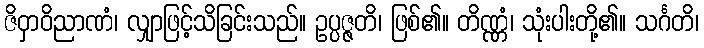
ဇိဝှာဝိညာဏံ၊ လျှာဖြင့်သိခြင်းသည်။ ဥပ္ပဇ္ဇတိ၊ ဖြစ်၏။ တိဏ္ဏံ၊ သုံးပါးတို့၏။ သင်္ဂတိ၊